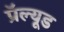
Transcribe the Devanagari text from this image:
प्रॅल्यूड